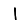
Digit: 1